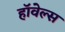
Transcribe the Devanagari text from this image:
हॉवेल्स